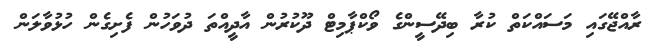
ރާއްޖޭގައި މަސައްކަތް ކުރާ ބިދޭސީންގެ ވޯކްޕާމިޓް ދޫކުރުން އާދީއްތަ ދުވަހުން ފެށިގެން ހުޅުވާލަން